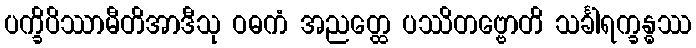
ပက္ခိပိဿာမီတိအာဒီသု ဝဓကံ အညတ္ထေ ပဿိတဗ္ဗောတိ သင်္ခါရက္ခန္ဓဿ